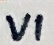
Text: VI